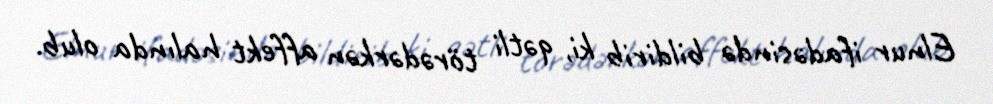
Elnur ifadəsində bildirib ki, qətli törədərkən affekt halında olub.